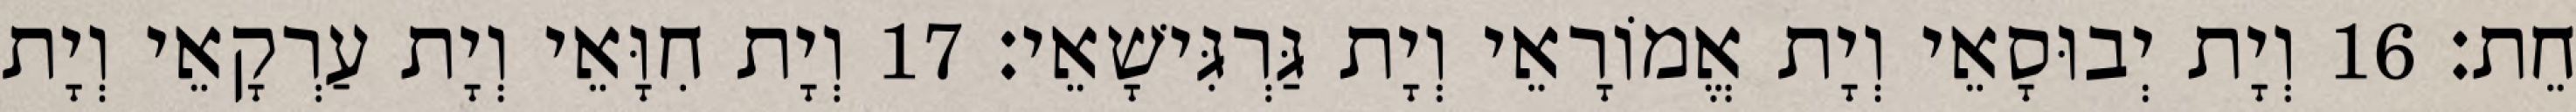
חֵת׃ 16 וְיָת יְבוּסָאֵי וְיָת אֱמוֹרָאֵי וְיָת גַּרְגִּישָׁאֵי׃ 17 וְיָת חִוָּאֵי וְיָת עַרְקָאֵי וְיָת